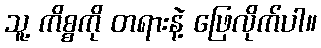
သူ့ ကိစ္စကို တရားနဲ့ ဖြေလိုက်ပါ။